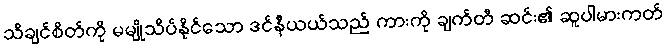
သိချင်စိတ်ကို မမျိုသိပ်နိုင်သော ဒင်နီယယ်သည် ကားကို ချက်တီ ဆင်း၏ ဆူပါမားကတ်